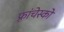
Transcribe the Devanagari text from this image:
फ़्रांचेस्को